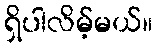
ရှိပါလိမ့်မယ်။